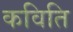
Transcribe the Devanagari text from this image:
कविति